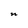
Character: n